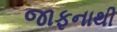
જાફનાથી